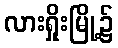
လားရှိုးမြို့၌